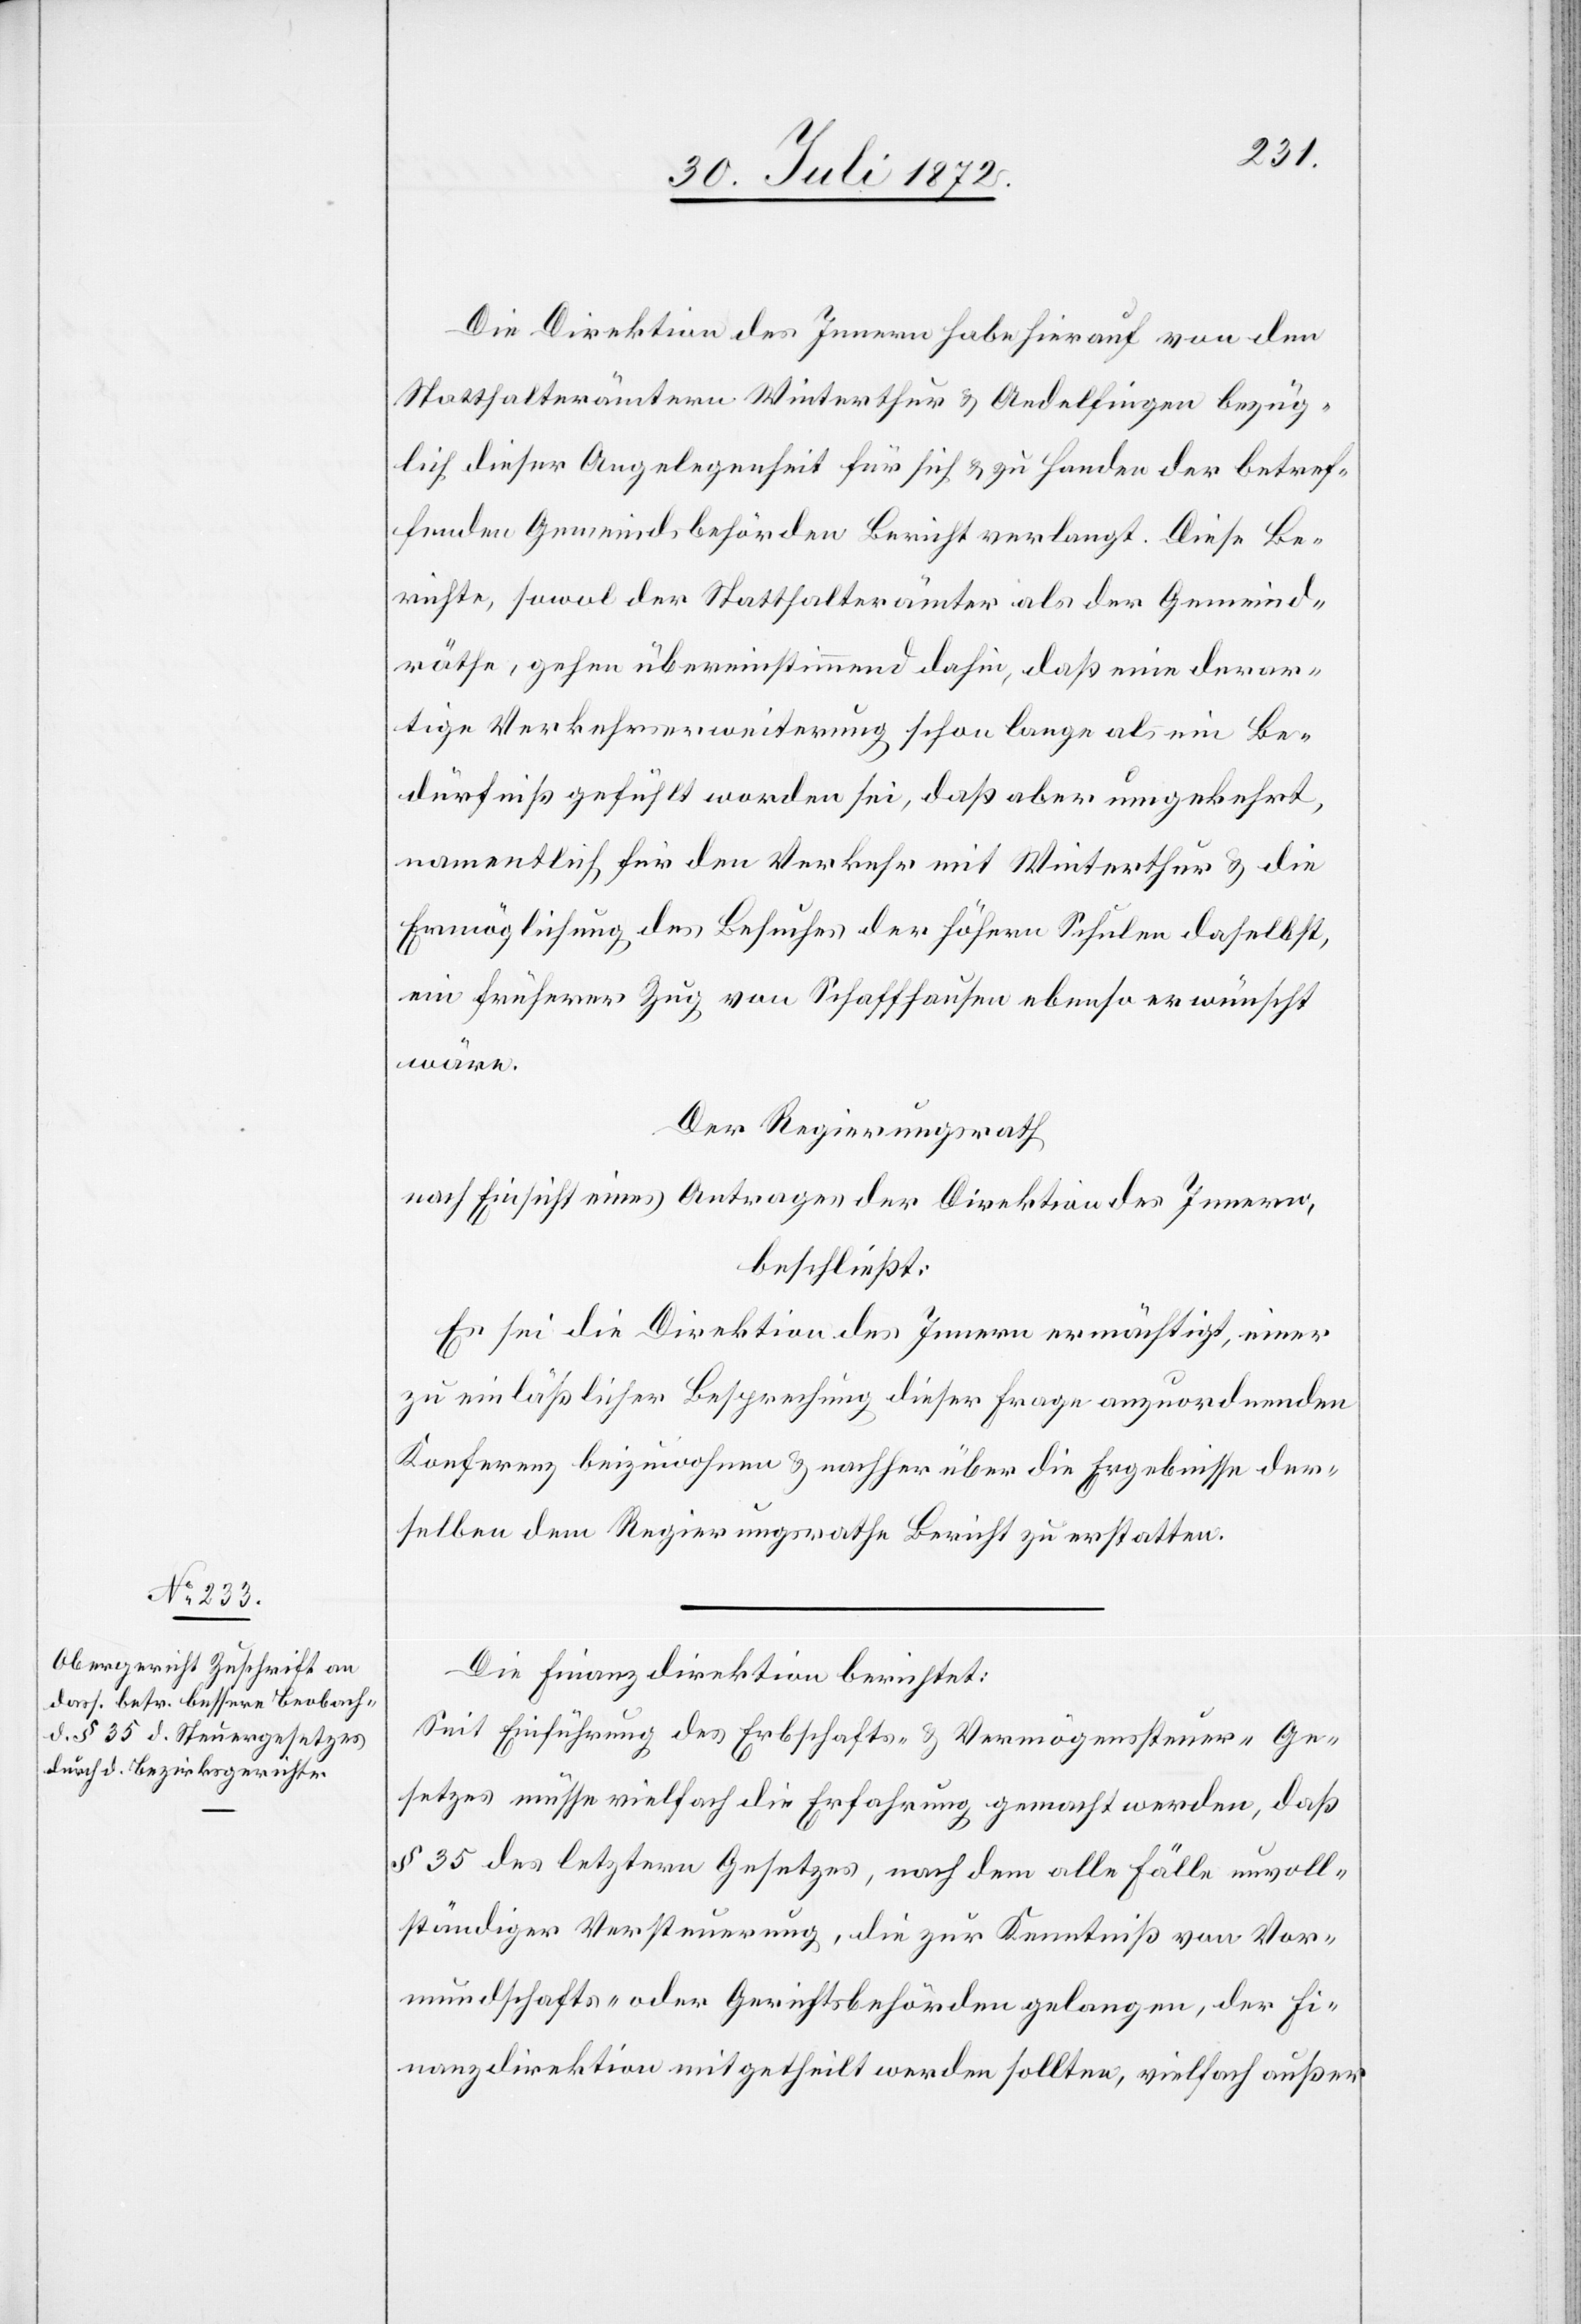
Die Direktion des Innern habe hierauf von den
Statthalterämtern Winterthur u. Andelfingen bezüg¬
lich dieser Angelegenheit für sich u. zu Handen der betref¬
fenden Gemeindsbehörden Bericht verlangt. Diese Be¬
richte, sowol der Statthalterämter als der Gemeind¬
räthe, gehen übereinstimmend dahin, daß eine derar¬
tige Verkehrserweiterung schon lange als ein Be¬
dürfniß gefühlt worden sei, daß aber umgekehrt,
namentlich für den Verkehr mit Winterthur u. die
Ermöglichung des Besuches der höhern Schulen daselbst,
ein früherer Zug von Schaffhausen ebenso erwünscht
wäre.
Der Regierungsrath
nach Einsicht eines Antrages der Direktion des Innern,
beschließt:
Es sei die Direktion des Innern ermächtigt, einer
zu einläßlicher Besprechung dieser Frage anzuordnenden
Konferenz beizuwohnen u. nachher über die Ergebnisse der¬
selben dem Regierungsrathe Bericht zu erstatten.
Die Finanzdirektion berichtet:
Seit Einführung des Erbschafts- u. Vermögenssteuer-Ge¬
setzes müsse vielfach die Erfahrung gemacht werden, daß
§ 35 des letztern Gesetzes, nach dem alle Fälle unvoll¬
ständiger Versteuerung, die zur Kenntniß von Vor¬
mundschafts- oder Gerichtsbehörden gelangen, der Fi¬
nanzdirektion mitgetheilt werden sollten, vielfach außer